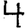
Digit: 4